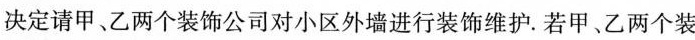
决定请甲、乙两个装饰公司对小区外墙进行装饰维护。若甲、乙两个装